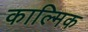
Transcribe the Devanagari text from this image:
काल्मिक